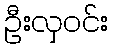
ဦးလှဝင်း